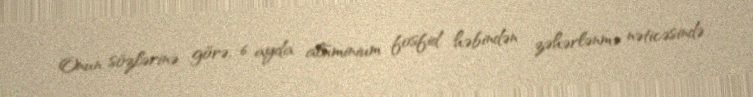
Onun sözlərinə görə, 6 ayda alüminium fosfid həbindən zəhərlənmə nəticəsində